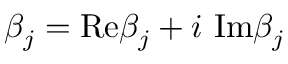
\beta _ { j } = \mathrm { R e } \beta _ { j } + i \ \mathrm { I m } \beta _ { j }